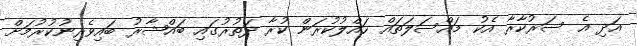
އަދި އެ ސަރުކާރާ އެކު މައްސަލަތައް ހައްލުކުރަން ކުރާ ދަތުރުގައި ބައްޝާރު ބައިވެރިނުކުރުމަށް